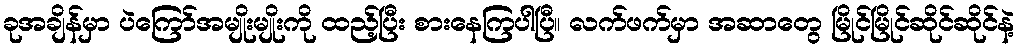
ခုအချိန်မှာ ပဲကြော်အမျိုးမျိုးကို ထည့်ပြီး စားနေကြပါပြီ။ လက်ဖက်မှာ အဆာတွေ မြိုင်မြိုင်ဆိုင်ဆိုင်နဲ့